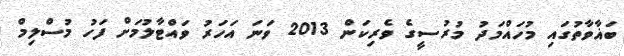
ބަޣާވާތުގައި މުހައްމަދު މުރުސީގެ ވެރިކަން 2013 ވަނަ އަހަރު ވައްޓާލުމަށް ފަހު މުސްލިމް